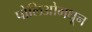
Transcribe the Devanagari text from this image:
पोलिओमधून